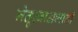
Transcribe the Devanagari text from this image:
नेतृत्वाअभावी